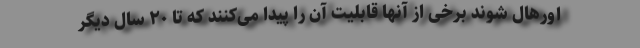
اورهال شوند برخی از آنها قابلیت آن را پیدا می‌کنند که تا ۲۰ سال دیگر